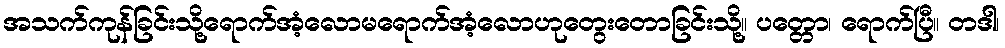
အသက်ကုန်ခြင်းသို့ရောက်အံ့လောမရောက်အံ့လောဟုတွေးတောခြင်းသို့။ ပတ္တော၊ ရောက်ပြီ။ တဒါ၊